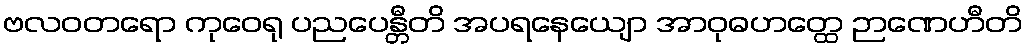
ဗလဝတရော ကုဝေရု ပညပေန္တီတိ အပရနေယျော အာဝုဓဟတ္ထေ ဉာဏေဟီတိ